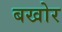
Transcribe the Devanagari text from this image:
बखोर